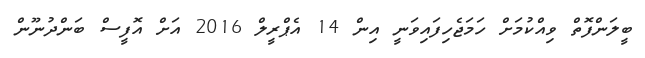
ބީލަންފޮތް ވިއްކުމަށް ހަމަޖެހިފައިވަނީ އިން 14 އެޕްރީލް 2016 އަށް އޮފީސް ބަންދުނޫން